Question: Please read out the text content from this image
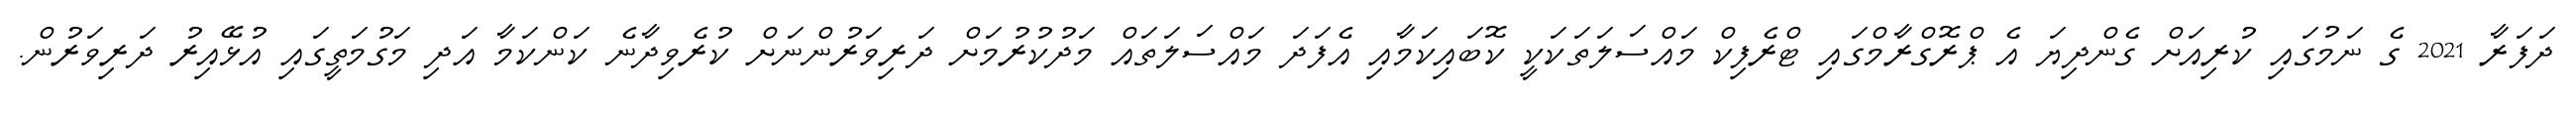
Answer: ދަފަރާ 2021 ގެ ނަމުގައި ކުރިއަށް ގެންދިޔަ އެ ޕްރޮގްރާމްގައި ޓްރެފިކް މައްސަލަތަކަކީ ކޮބައިކަމާއި އެފަދަ މައްސަލަތައް މަދުކުރުމަށް ދަރިވަރުންނަށް ކުރެވިދާނެ ކަންކަމާ އަދި މަގުމަތީގައި އުޅޭއިރު ދަރިވަރުން.